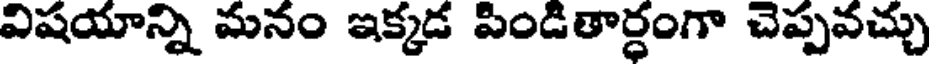
విషయాన్ని మనం ఇక్కడ పిండితార్ధంగా చెప్పవచ్చు